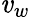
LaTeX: \mathit{v}_{w}